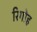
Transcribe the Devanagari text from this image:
रिगोह